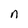
Character: n